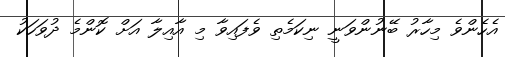
އެހެންވެ މިހާރު ބޭނުންވަނީ ނިކަމެތި ވެފައިވާ މި އާއިލާ އަށް ކޮންމެ ދުވަހަކު